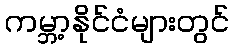
ကမ္ဘာ့နိုင်ငံများတွင်